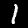
Label: 1